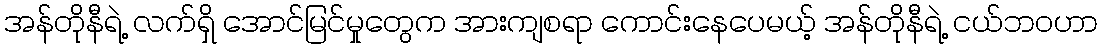
အန်တိုနီရဲ့ လက်ရှိ အောင်မြင်မှုတွေက အားကျစရာ ကောင်းနေပေမယ့် အန်တိုနီရဲ့ ငယ်ဘဝဟာ